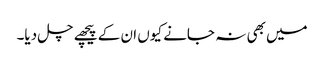
میں بھی نہ جانے کیوں ان کے پیچھے چل دیا۔